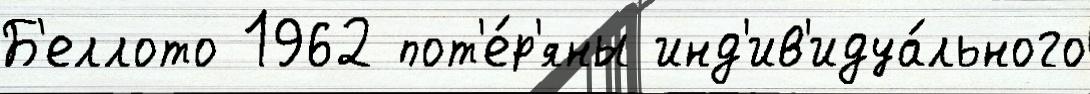
Б'еллото 1962 пот'е́р'яны инд'ив'идуа́льного